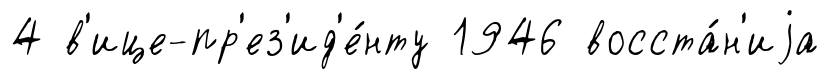
4 в'ице-пр'ез'ид'е́нту 1946 восста́н'иjа